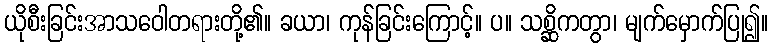
ယိုစီးခြင်းအာသဝေါတရားတို့၏။ ခယာ၊ ကုန်ခြင်းကြောင့်။ ပ။ သစ္ဆိကတွာ၊ မျက်မှောက်ပြု၍။